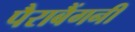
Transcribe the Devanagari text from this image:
पैराबैंगनी